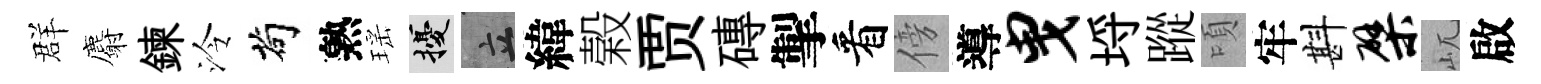
群麝鍊泠茍熟瑶擾立緯榖贾磚掣看傍導曳埓蹤頃牢斟檗屼啟